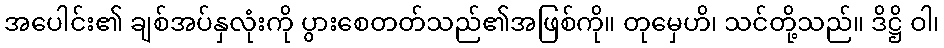
အပေါင်း၏ ချစ်အပ်နှလုံးကို ပွားစေတတ်သည်၏အဖြစ်ကို။ တုမှေဟိ၊ သင်တို့သည်။ ဒိဋ္ဌိ ဝါ၊